Treatise on elephants
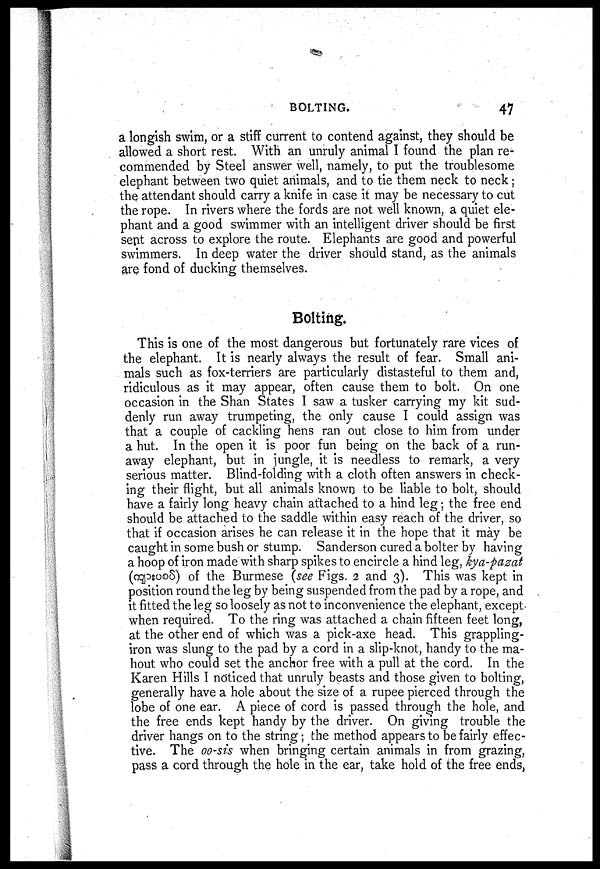
BOLTING.
47
a longish swim, or a stiff current to contend against, they should be
allowed a short rest. With an unruly animal I found the plan re-
commended by Steel answer well, namely, to put the troublesome
elephant between two quiet animals, and to tie them neck to neck;
the attendant should carry a knife in case it may be necessary to cut
the rope. In rivers where the fords are not well known, a quiet ele-
phant and a good swimmer with an intelligent driver should be first
sent across to explore the route. Elephants are good and powerful
swimmers. In deep water the driver should stand, as the animals
are fond of ducking themselves.
Bolting.
This is one of the most dangerous but fortunately rare vices of
the elephant. It is nearly always the result of fear. Small ani-
mals such as fox-terriers are particularly distasteful to them and,
ridiculous as it may appear, often cause them to bolt. On one
occasion in the Shan States I saw a tusker carrying my kit sud-
denly run away trumpeting, the only cause I could assign was
that a couple of cackling hens ran out close to him from under
a hut. In the open it is poor fun being on the back of a run-
away elephant, but in jungle, it is needless to remark, a very
serious matter. Blind-folding with a cloth often answers in check-
ing their flight, but all animals known to be liable to bolt, should
have a fairly long heavy chain attached to a hind leg; the free end
should be attached to the saddle within easy reach of the driver, so
that if occasion arises he can release it in the hope that it may be
caught in some bush or stump. Sanderson cured a bolter by having
a hoop of iron made with sharp spikes to encircle a hind leg, kya-pazat
(
) of the Burmese (see Figs. 2 and 3). This was kept in
position round the leg by being suspended from the pad by a rope, and
it fitted the leg so loosely as not to inconvenience the elephant, except
when required. To the ring was attached a chain fifteen feet long,
at the other end of which was a pick-axe head. This grappling-
iron was slung to the pad by a cord in a slip-knot, handy to the ma-
hout who could set the anchor free with a pull at the cord. In the
Karen Hills I noticed that unruly beasts and those given to bolting,
generally have a hole about the size of a rupee pierced through the
lobe of one ear. A piece of cord is passed through the hole, and
the free ends kept handy by the driver. On giving trouble the
driver hangs on to the string ; the method appears to be fairly effec-
tive. The oo-sis when bringing certain animals in from grazing,
pass a cord through the hole in the ear, take hold of the free ends,